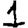
Digit: 1